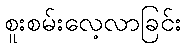
စူးစမ်းလေ့လာခြင်း